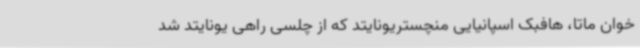
خوان ماتا، هافبک اسپانیایی منچستریونایتد که از چلسی راهی یونایتد شد